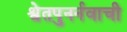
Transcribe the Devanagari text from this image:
श्वेतपुनर्नवाची